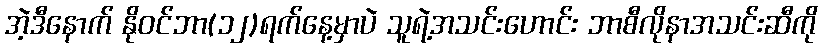
အဲ့ဒီနောက် နိုဝင်ဘာ(၁၂)ရက်နေ့မှာပဲ သူရဲ့အသင်းဟောင်း ဘာစီလိုနာအသင်းဆီကို